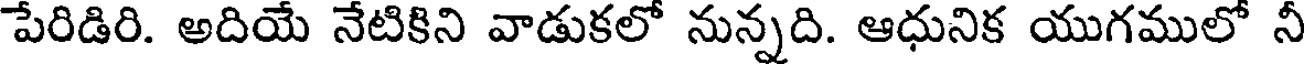
పేరిడిరి. అదియే నేటికిని వాడుకలో నున్నది. ఆధునిక యుగములో నీ